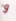
و